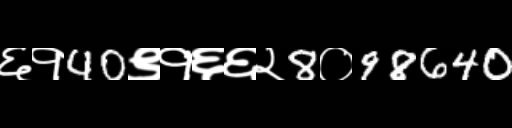
Text: ६१40९१६६२8०98640